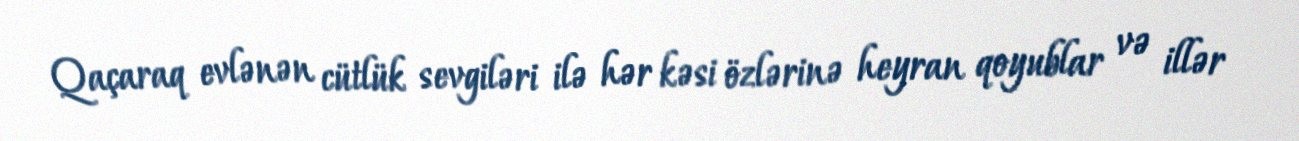
Qaçaraq evlənən cütlük sevgiləri ilə hər kəsi özlərinə heyran qoyublar və illər